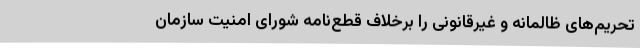
تحریم‌های ظالمانه و غیرقانونی را برخلاف قطع‌نامه شورای امنیت سازمان